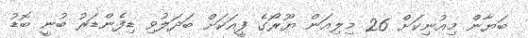
ބަޔާން މިއުނިކަށް 26 މިލިއަން ޔޫރޯގެ ފީއަކަށް ބަދަލުވި ޑިފެންޑަރު ބުނީ ބޮޑު